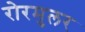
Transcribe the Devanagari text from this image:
रोरमुलर